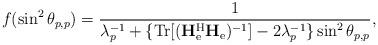
LaTeX: \begin{align*}f(\sin^2\theta_{p,p})=\frac{1}{\lambda_p^{-1}+\{\mathrm{Tr}[(\mathbf{H}_{\mathrm{e}}^{\mathrm{H}}\mathbf{H}_{\mathrm{e}})^{-1}]-2\lambda_p^{-1}\}\sin^2\theta_{p,p}},\end{align*}